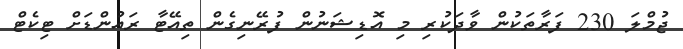
ޖުމްލަ 230 ފަރާތަކުން ވާދަކުރި މި އޮޑިޝަނުން ފުރޭނިގެން ތިއޭޓާ ރައުންޑަށް ޓިކެޓް